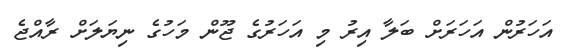
އަހަރުން އަހަރަށް ބަލާ އިރު މި އަހަރުގެ ޖޫން މަހުގެ ނިޔަލަށް ރާއްޖެ